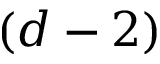
( d - 2 )